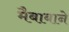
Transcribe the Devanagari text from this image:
मैबाबाने